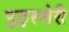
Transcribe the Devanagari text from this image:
पुठुस्सेरी